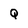
Character: Q